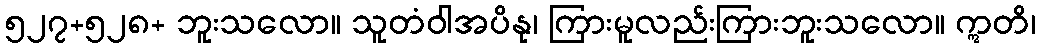
၅၂၇+၅၂၈+ ဘူးသလော။ သူတံဝါအပိနု၊ ကြားမူလည်းကြားဘူးသလော။ ဣတိ၊